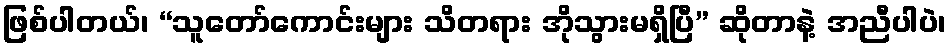
ဖြစ်ပါတယ်၊ “သူတော်ကောင်းများ သိတရား အိုသွားမရှိပြီ” ဆိုတာနဲ့ အညီပါပဲ၊